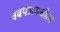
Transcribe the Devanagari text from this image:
वेबपेजमधील